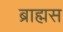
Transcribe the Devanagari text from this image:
ब्राह्मस